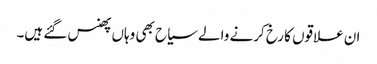
ان علاقوں کا رخ کرنے والے سیاح بھی وہاں پھنس گئے ہیں۔